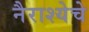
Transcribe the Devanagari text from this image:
नैराश्येचे